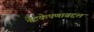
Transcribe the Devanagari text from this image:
नेटकेपणाबद्दल